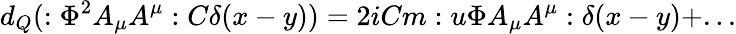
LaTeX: d_{Q}(:\Phi^{2}A_{\mu}A^{\mu}:C\delta(x-y))=2iCm:u\Phi A_{\mu}A^{\mu}:\delta(x-y)+...